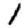
Digit: 1